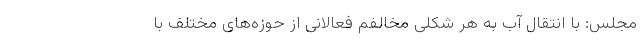
مجلس: با انتقال آب به هر شکلی مخالفم فعالانی از حوزه‌های مختلف با